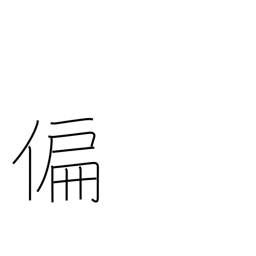
Meaning: partial